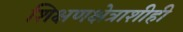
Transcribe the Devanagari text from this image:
शिक्षणक्षेत्राशीही